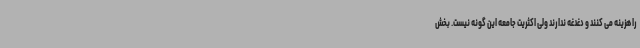
را هزینه می کنند و دغدغه ندارند ولی اکثریت جامعه این گونه نیست. بخش